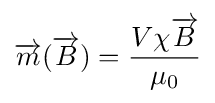
{\overrightarrow {m}}({\overrightarrow {B}})={\frac {V\chi {\overrightarrow {B}}}{\mu _{0}}}